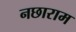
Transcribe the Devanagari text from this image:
नछाराम